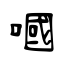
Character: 嘓